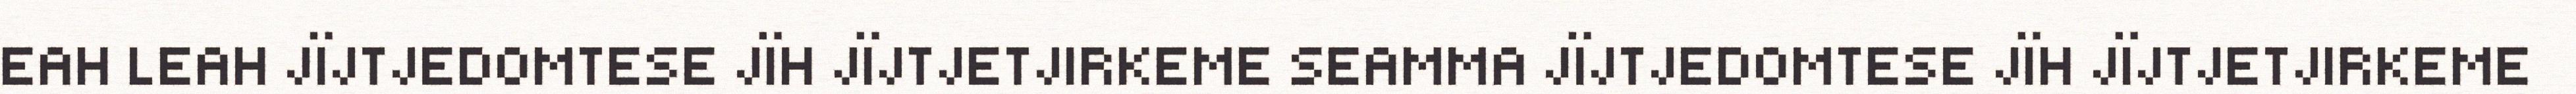
EAH LEAH JÏJTJEDOMTESE JÏH JÏJTJETJIRKEME SEAMMA JÏJTJEDOMTESE JÏH JÏJTJETJIRKEME